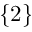
\{ 2 \}